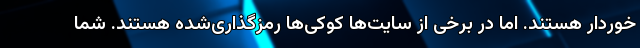
خوردار هستند. اما در برخی از سایت‌ها کوکی‌ها رمزگذاری‌شده هستند. شما